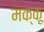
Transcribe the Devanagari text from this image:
मक्‍कू